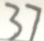
3 7